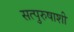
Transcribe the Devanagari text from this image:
सत्पुरुषाशी